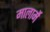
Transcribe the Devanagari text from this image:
मालार्मे